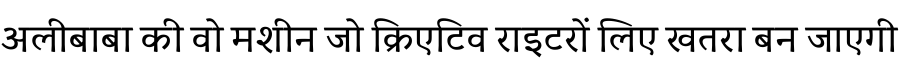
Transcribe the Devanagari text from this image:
अलीबाबा की वो मशीन जो क्रिएटिव राइटरों लिए खतरा बन जाएगी